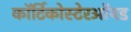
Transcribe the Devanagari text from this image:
कॉर्टिकोस्टेरऑयड